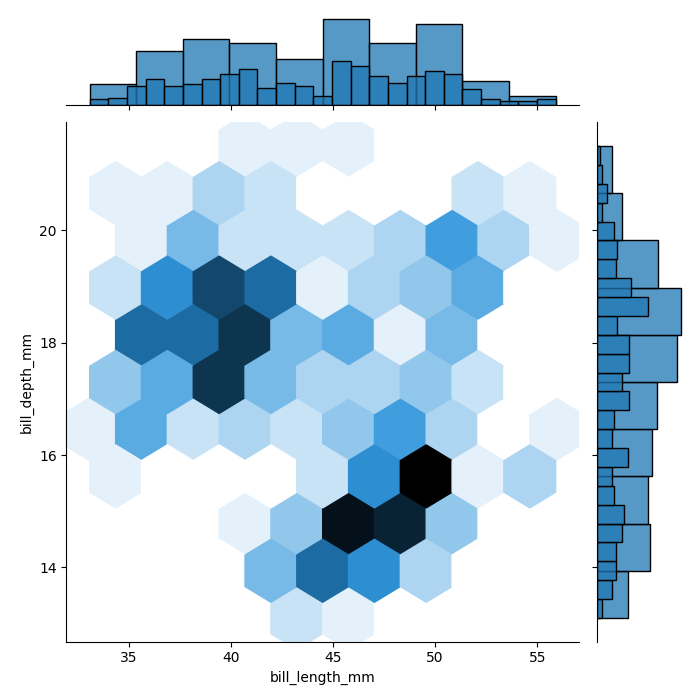
python, seaborn, jointplot, kind='hex', height='7', ratio='5', marginal_ticks='False'